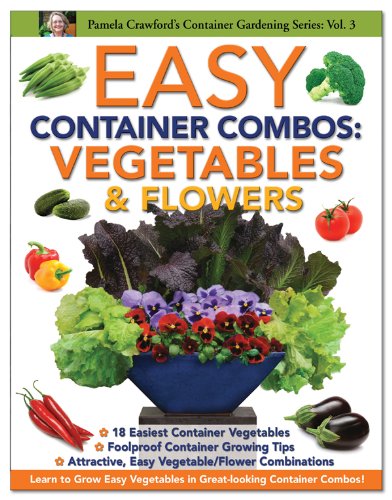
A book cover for Easy Container Combos: Vegetables & Flowers (Container Gardening Series); Pamela Crawford; Crafts, Hobbies & Home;